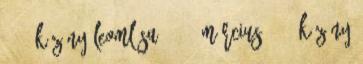
9. – Közöny leomlása 2014. március 9. – Közöny